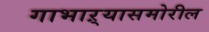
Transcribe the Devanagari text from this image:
गाभाऱ्यासमोरील